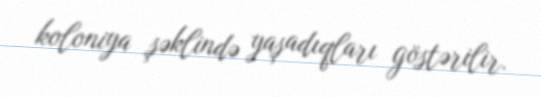
koloniya şəklində yaşadıqları göstərilir.